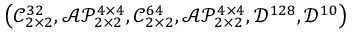
\left( \mathcal { C } _ { 2 \times 2 } ^ { 3 2 } , \mathcal { A P } _ { 2 \times 2 } ^ { 4 \times 4 } , \mathcal { C } _ { 2 \times 2 } ^ { 6 4 } , \mathcal { A P } _ { 2 \times 2 } ^ { 4 \times 4 } , \mathcal { D } ^ { 1 2 8 } , \mathcal { D } ^ { 1 0 } \right)